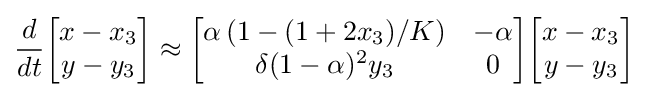
{\frac {d}{dt}}{\begin{bmatrix}x-x_{3}\\y-y_{3}\\\end{bmatrix}}\approx {\begin{bmatrix}\alpha \left(1-(1+2x_{3})/K\right)&-\alpha \\\delta (1-\alpha )^{2}y_{3}&0\\\end{bmatrix}}{\begin{bmatrix}x-x_{3}\\y-y_{3}\\\end{bmatrix}}